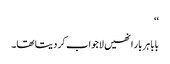
‘‘
بابا ہر بار انھیں لاجواب کر دیتا تھا۔